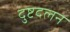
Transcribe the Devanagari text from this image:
दुष्टदलन